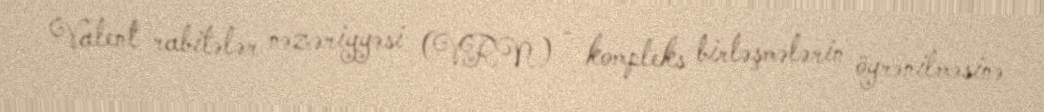
Valent rabitələr nəzəriyyəsi (VRN) - kompleks birləşmələrin öyrənilməsinə